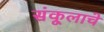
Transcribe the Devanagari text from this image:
संकूलाचे